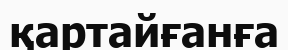
қартайғанға